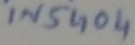
Text: IN5404